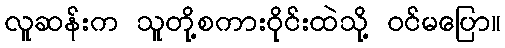
လူဆန်းက သူတို့စကားဝိုင်းထဲသို့ ဝင်မပြော။